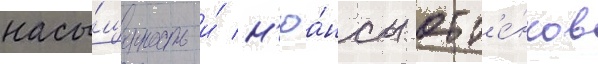
насы́щенность и́ н'юа́нсы отт'е́нков